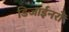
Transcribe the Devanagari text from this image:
डिजाईनरों